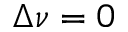
\Delta \nu = 0